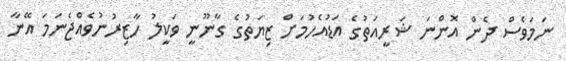
ނަމަވެސް ދެން އޮންނަ ޝަރީއަތުގެ އަޑުއެހުމަށް ޒިޔަތުގެ ގާނޫނީ ވަކީލު ހާޒިރުނުވެއްޖެނަމަ އޭނާ